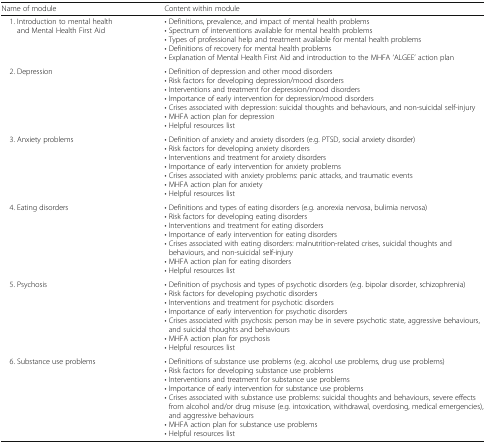
<table><thead><tr><td><b>Name of module</b></td><td><b>Content within module</b></td></tr></thead><tbody><tr><td> 1. Introduction to mental health and Mental Health First Aid</td><td>• Definitions, prevalence, and impact of mental health problems• Spectrum of interventions available for mental health problems• Types of professional help and treatment available for mental health problems• Definitions of recovery for mental health problems• Explanation of Mental Health First Aid and introduction to the MHFA ‘ALGEE’ action plan</td></tr><tr><td> 2. Depression</td><td>• Definition of depression and other mood disorders• Risk factors for developing depression/mood disorders• Interventions and treatment for depression/mood disorders• Importance of early intervention for depression/mood disorders• Crises associated with depression: suicidal thoughts and behaviours, and non-suicidal self-injury• MHFA action plan for depression• Helpful resources list</td></tr><tr><td> 3. Anxiety problems</td><td>• Definition of anxiety and anxiety disorders (e.g. PTSD, social anxiety disorder)• Risk factors for developing anxiety disorders• Interventions and treatment for anxiety disorders• Importance of early intervention for anxiety problems• Crises associated with anxiety problems: panic attacks, and traumatic events• MHFA action plan for anxiety• Helpful resources list</td></tr><tr><td> 4. Eating disorders</td><td>• Definitions and types of eating disorders (e.g. anorexia nervosa, bulimia nervosa)• Risk factors for developing eating disorders• Interventions and treatment for eating disorders• Importance of early intervention for eating disorders• Crises associated with eating disorders: malnutrition-related crises, suicidal thoughts and behaviours, and non-suicidal self-injury• MHFA action plan for eating disorders• Helpful resources list</td></tr><tr><td> 5. Psychosis</td><td>• Definition of psychosis and types of psychotic disorders (e.g. bipolar disorder, schizophrenia)• Risk factors for developing psychotic disorders• Interventions and treatment for psychotic disorders• Importance of early intervention for psychotic disorders• Crises associated with psychosis: person may be in severe psychotic state, aggressive behaviours, and suicidal thoughts and behaviours• MHFA action plan for psychosis• Helpful resources list</td></tr><tr><td> 6. Substance use problems</td><td>• Definitions of substance use problems (e.g. alcohol use problems, drug use problems)• Risk factors for developing substance use problems• Interventions and treatment for substance use problems• Importance of early intervention for substance use problems• Crises associated with substance use problems: suicidal thoughts and behaviours, severe effects from alcohol and/or drug misuse (e.g. intoxication, withdrawal, overdosing, medical emergencies), and aggressive behaviours• MHFA action plan for substance use problems• Helpful resources list</td></tr></tbody></table>